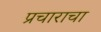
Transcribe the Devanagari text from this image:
प्रचाराचा